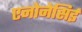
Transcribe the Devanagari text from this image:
एनोनेसिई